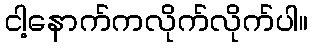
ငါ့နောက်ကလိုက်လိုက်ပါ။